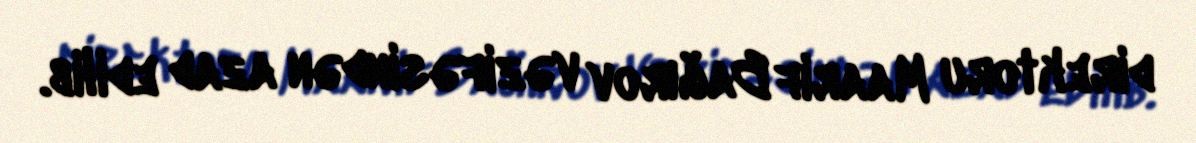
direktoru Maarif Bağırov vəzifəsindən azad edilib.